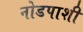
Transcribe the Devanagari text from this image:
नोडपाशी